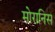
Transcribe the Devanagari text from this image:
मोरानिस